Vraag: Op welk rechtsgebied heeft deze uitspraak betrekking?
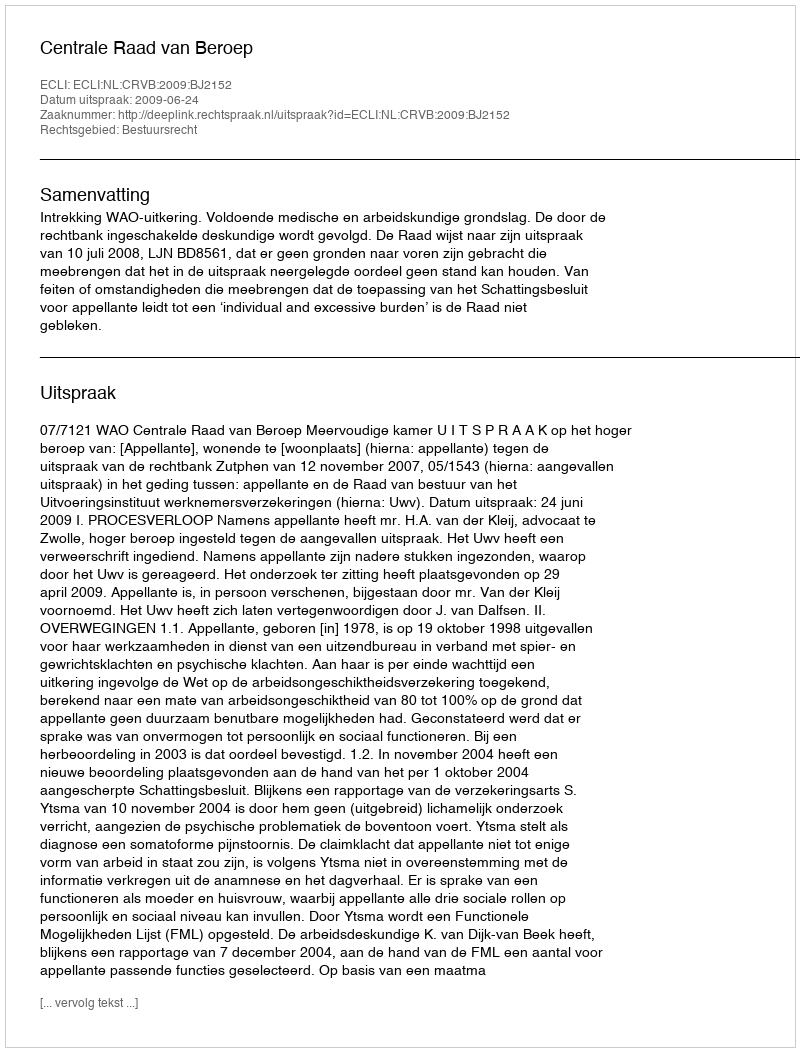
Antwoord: Bestuursrecht